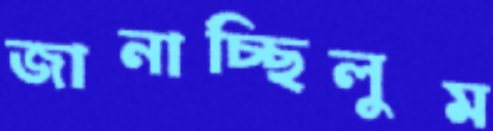
জানাচ্ছিলুম